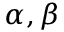
\alpha , \beta